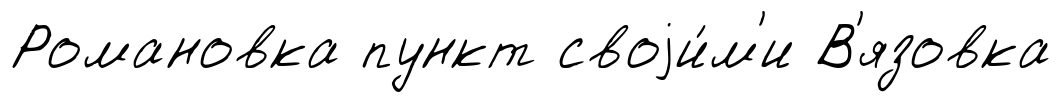
Романовка пункт своjи́м'и В'язовка